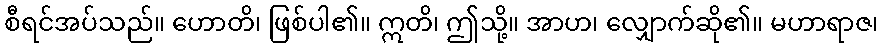
စီရင်အပ်သည်။ ဟောတိ၊ ဖြစ်ပါ၏။ ဣတိ၊ ဤသို့။ အာဟ၊ လျှောက်ဆို၏။ မဟာရာဇ၊